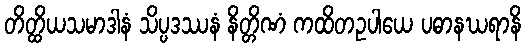
တိတ္ထိယသမာဒါနံ သိပ္ပဒဿနံ နိတ္တိဏံ ကထိတဥပါယေ ပဓာနဃရာနိ